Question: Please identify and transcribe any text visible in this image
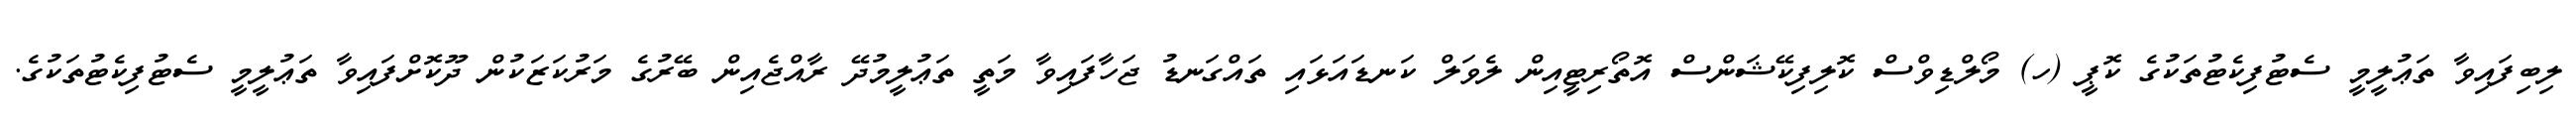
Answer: ލިބިފައިވާ ތަޢުލީމީ ސެޓުފިކެޓުތަކުގެ ކޮޕީ (ހ) މޯލްޑިވްސް ކޮލިފިކޭޝަންސް އޮތޯރިޓީއިން ލެވަލް ކަނޑައަޅައި ތައްގަނޑު ޖަހާފައިވާ މަތީ ތަޢުލީމުދޭ ރާއްޖެއިން ބޭރުގެ މަރުކަޒަކުން ދޫކޮށްފައިވާ ތަޢުލީމީ ސެޓުފިކެޓުތަކުގެ.